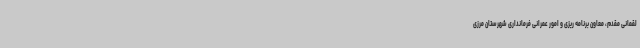
لقمانی مقدم، معاون برنامه ریزی و امور عمرانی فرمانداری شهرستان مرزی